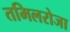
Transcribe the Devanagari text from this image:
तमिलरोजा